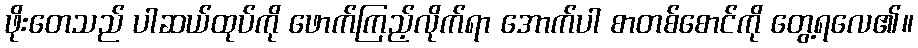
ဖိုးတေသည် ပါဆယ်ထုပ်ကို ဖောက်ကြည့်လိုက်ရာ အောက်ပါ စာတစ်စောင်ကို တွေ့ရလေ၏။